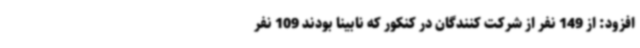
افزود: از 149 نفر از شرکت کنندگان در کنکور که نابینا بودند 109 نفر